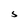
Character: S